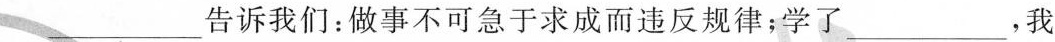
___告诉我们：做事不可急于求成而违反规律；学了___，我